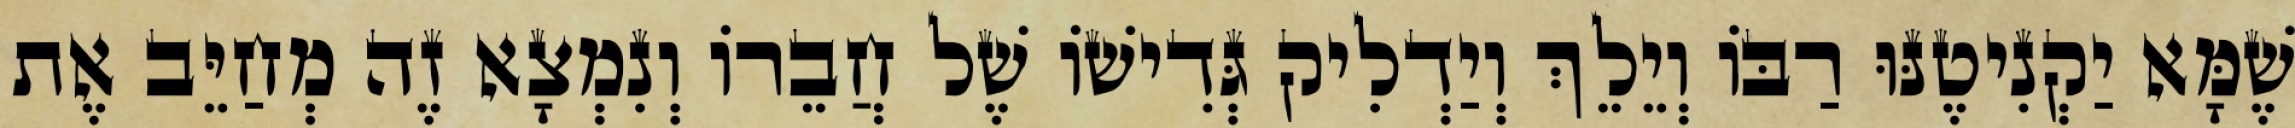
שֶׁמָּא יַקְנִיטֶנּוּ רַבּוֹ וְיֵלֵךְ וְיַדְלִיק גְּדִישׁוֹ שֶׁל חֲבֵרוֹ וְנִמְצָא זֶה מְחַיֵּב אֶת